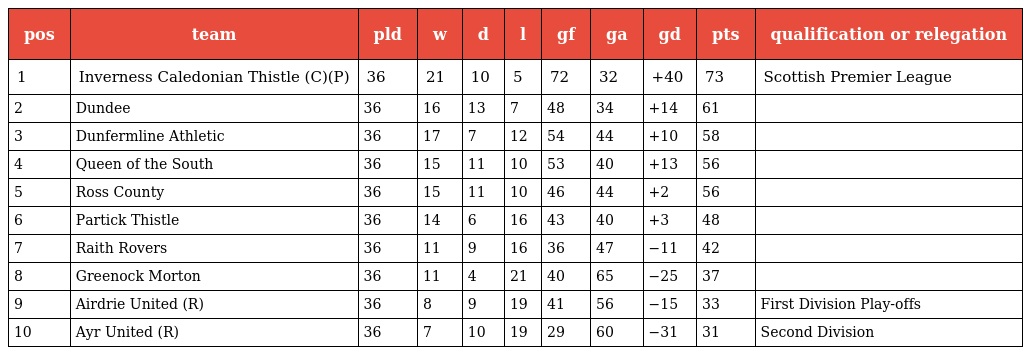
| pos | team | pld | w | d | l | gf | ga | gd | pts | qualification or relegation |
 | --- | --- | --- | --- | --- | --- | --- | --- | --- | --- | --- |
 | 1 | Inverness Caledonian Thistle (C)(P) | 36 | 21 | 10 | 5 | 72 | 32 | +40 | 73 | Scottish Premier League |
 | 2 | Dundee | 36 | 16 | 13 | 7 | 48 | 34 | +14 | 61 |  |
 | 3 | Dunfermline Athletic | 36 | 17 | 7 | 12 | 54 | 44 | +10 | 58 |  |
 | 4 | Queen of the South | 36 | 15 | 11 | 10 | 53 | 40 | +13 | 56 |  |
 | 5 | Ross County | 36 | 15 | 11 | 10 | 46 | 44 | +2 | 56 |  |
 | 6 | Partick Thistle | 36 | 14 | 6 | 16 | 43 | 40 | +3 | 48 |  |
 | 7 | Raith Rovers | 36 | 11 | 9 | 16 | 36 | 47 | −11 | 42 |  |
 | 8 | Greenock Morton | 36 | 11 | 4 | 21 | 40 | 65 | −25 | 37 |  |
 | 9 | Airdrie United (R) | 36 | 8 | 9 | 19 | 41 | 56 | −15 | 33 | First Division Play-offs |
 | 10 | Ayr United (R) | 36 | 7 | 10 | 19 | 29 | 60 | −31 | 31 | Second Division |